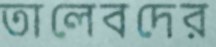
তালেবদের